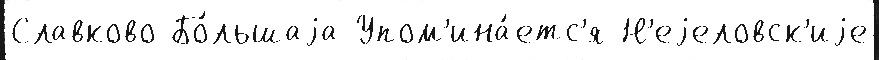
Славково Бо́льшаjа Упом'ина́етс'я Н'еjеловск'иjе